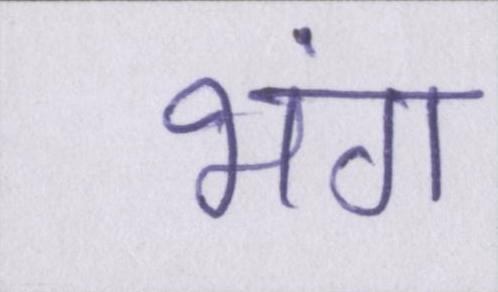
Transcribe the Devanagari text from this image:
भंग